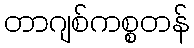
တာဂျစ်ကစ္စတန်